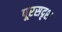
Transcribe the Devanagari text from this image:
पूरसदृश